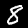
Digit: 8